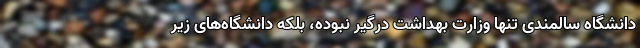
دانشگاه سالمندی تنها وزارت بهداشت درگیر نبوده، بلکه دانشگاه‌های زیر